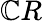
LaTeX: \mathbb{C}R